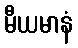
မီယမာနံ